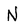
Character: N